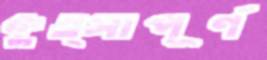
কুত্সাপূর্ণ